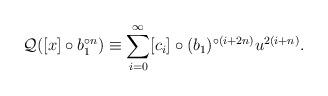
LaTeX: \begin{align*} \mathcal{Q}([x]\circ b_1^{\circ n}) \equiv \sum_{i=0}^\infty [c_i] \circ (b_1)^{\circ (i+2n)} u^{2(i+n)}. \end{align*}